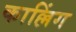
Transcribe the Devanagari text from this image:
काल्लिंग